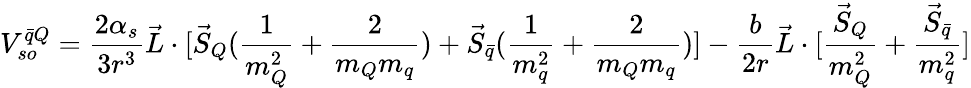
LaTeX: V_{so}^{\bar{q}Q}={\frac{2\alpha_{s}}{3r^{3}}}\vec{L}\cdot[\vec{S}_{Q}({\frac{1}{m_{Q}^{2}}}+{\frac{2}{m_{Q}m_{q}}})+\vec{S}_{\bar{q}}({\frac{1}{m_{q}^{2}}}+{\frac{2}{m_{Q}m_{q}}})]-{\frac{b}{2r}}\vec{L}\cdot[{\frac{\vec{S}_{Q}}{m_{Q}^{2}}}+{\frac{\vec{S}_{\bar{q}}}{m_{q}^{2}}}]